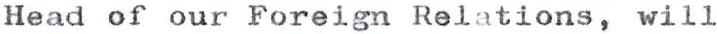
Head of our Foreign Relations, will